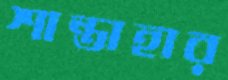
শান্তাহার